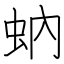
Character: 蚋